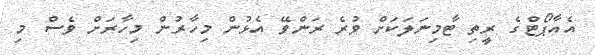
އެއާޕޯޓްގެ ރީތި ޓާމިނަލަކަށް ވުރެ ރަންވޭ އެޅުން މިހާރުން މިހާރަށް ވެސް މި